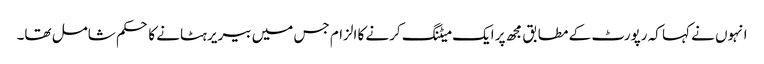
انہوں نے کہا کہ رپورٹ کے مطابق مجھ پر ایک میٹنگ کرنے کا الزام جس میں بیریر ہٹانے کا حکم شامل تھا۔